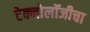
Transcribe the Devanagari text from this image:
टेक्नोलॉजीचा